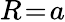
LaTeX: R\! =\! a